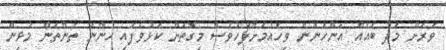
ވަރަށް މަދު ބައެއް އަންހެނުން ވިހެއުމަށްފަހުވެސް މިގޮތަށް ކަޅުވެފައި ހުންނަ ތަންތަން މުޅިން